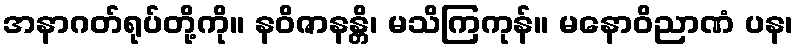
အနာဂတ်ရုပ်တို့ကို။ နဝိဇာနန္တိ၊ မသိကြကုန်။ မနောဝိညာဏံ ပန၊